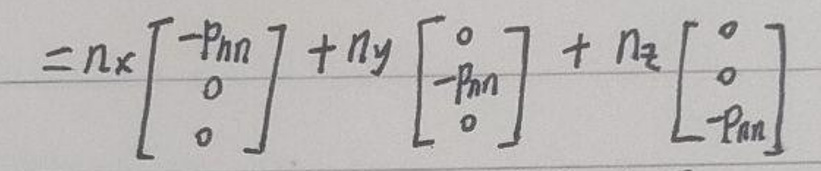
\[
= n_x \begin{bmatrix} -p_{nn} \\ 0 \\ 0 \end{bmatrix} + n_y \begin{bmatrix} 0 \\ -p_{nn} \\ 0 \end{bmatrix} + n_z \begin{bmatrix} 0 \\ 0 \\ -p_{nn} \end{bmatrix}
\]